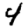
Digit: 4